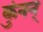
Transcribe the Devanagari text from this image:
कुंनन्